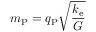
m _ { \mathrm { P } } = q _ { \mathrm { P } } { \sqrt { \frac { k _ { \mathrm { e } } } { G } } }